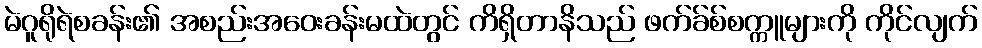
မဲဂူရိုရဲစခန်း၏ အစည်းအဝေးခန်းမထဲတွင် ကိရှိတာနိသည် ဖက်ခ်စ်စက္ကူများကို ကိုင်လျက်